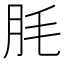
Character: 𦙤